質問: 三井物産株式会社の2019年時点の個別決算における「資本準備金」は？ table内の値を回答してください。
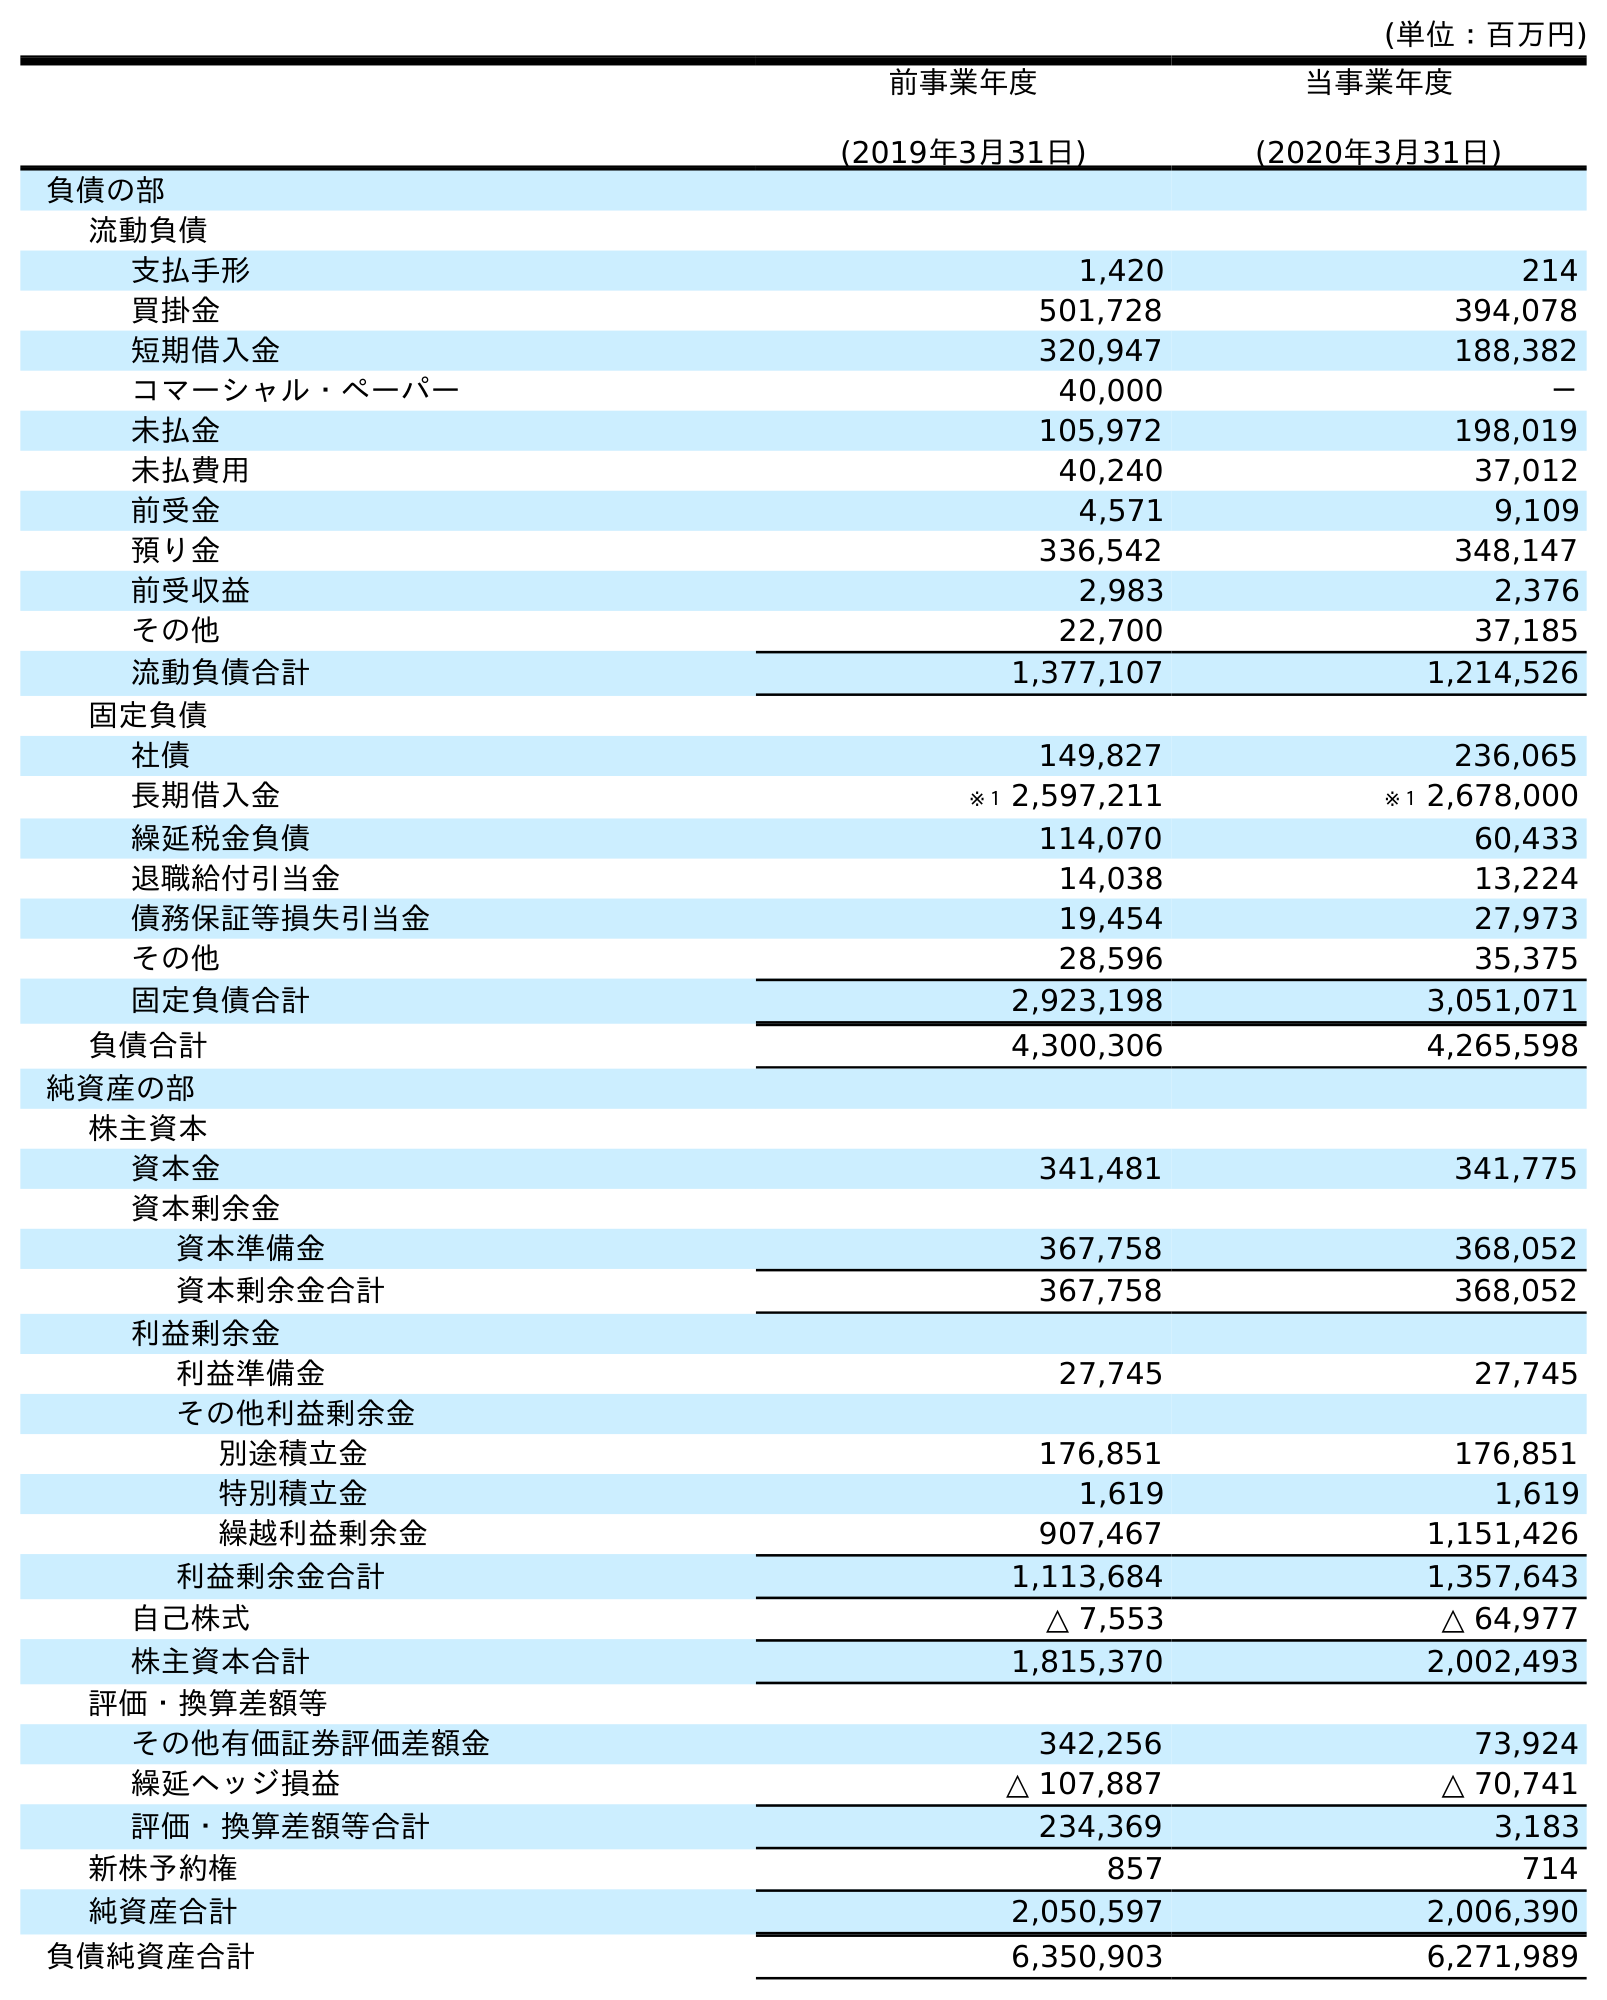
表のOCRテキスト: (単位：百万円) 前事業年度 (2019年3月31日) 当事業年度 (2020年3月31日) 負債の部 流動負債 支払手形 1,420 214 買掛金 501,728 394,078 短期借入金 320,947 188,382 コマーシャル・ペーパー 40,000 － 未払金 105,972 198,019 未払費用 40,240 37,012 前受金 4,571 9,109 預り金 336,542 348,147 前受収益 2,983 2,376 その他 22,700 37,185 流動負債合計 1,377,107 1,214,526 固定負債 社債 149,827 236,065 長期借入金 ※１ 2,597,211 ※１ 2,678,000 繰延税金負債 114,070 60,433 退職給付引当金 14,038 13,224 債務保証等損失引当金 19,454 27,973 その他 28,596 35,375 固定負債合計 2,923,198 3,051,071 負債合計 4,300,306 4,265,598 純資産の部 株主資本 資本金 341,481 341,775 資本剰余金 資本準備金 367,758 368,052 資本剰余金合計 367,758 368,052 利益剰余金 利益準備金 27,745 27,745 その他利益剰余金 別途積立金 176,851 176,851 特別積立金 1,619 1,619 繰越利益剰余金 907,467 1,151,426 利益剰余金合計 1,113,684 1,357,643 自己株式 △ 7,553 △ 64,977 株主資本合計 1,815,370 2,002,493 評価・換算差額等 その他有価証券評価差額金 342,256 73,924 繰延ヘッジ損益 △ 107,887 △ 70,741 評価・換算差額等合計 234,369 3,183 新株予約権 857 714 純資産合計 2,050,597 2,006,390 負債純資産合計 6,350,903 6,271,989
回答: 367,758